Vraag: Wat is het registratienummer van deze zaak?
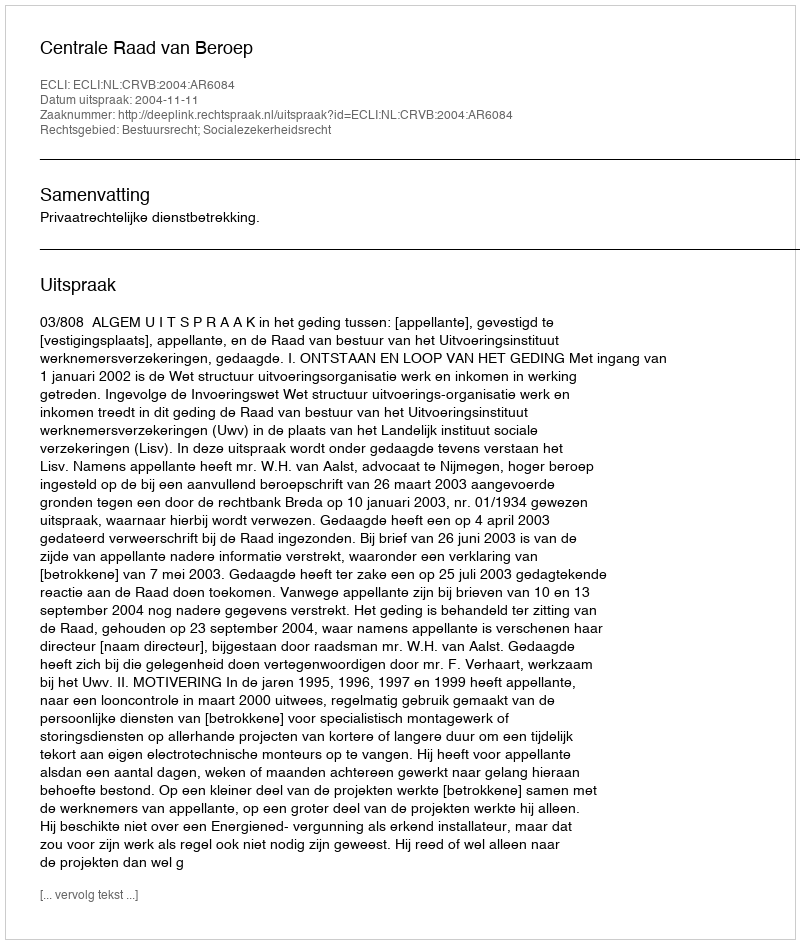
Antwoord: http://deeplink.rechtspraak.nl/uitspraak?id=ECLI:NL:CRVB:2004:AR6084